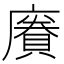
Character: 𪪥